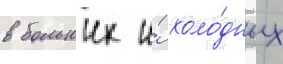
в больших и́ холо́дных